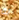
به